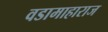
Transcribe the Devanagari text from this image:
वडामाहाराज